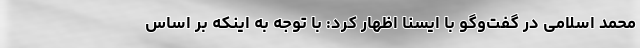
محمد اسلامی در گفت‌وگو با ایسنا اظهار کرد: با توجه به اینکه بر اساس